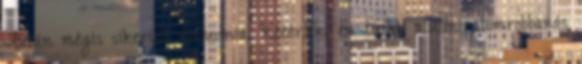
Aztán mégis sikerült elaludnia. Kééérlek, én tudok aludni atomrobbanás